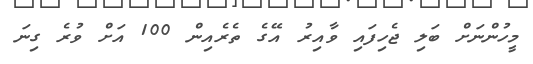
މީހުންނަށް ބަލި ޖެހިފައި ވާއިރު އޭގެ ތެރެއިން 100 އަށް ވުރެ ގިނަ